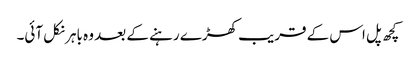
کچھ پل اس کے قریب کھڑے رہنے کے بعد وہ باہر نکل آئی۔